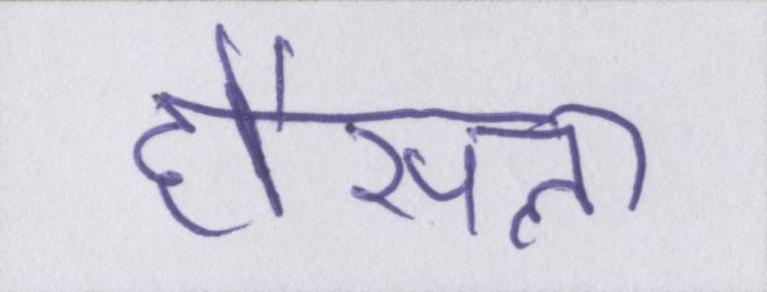
हौंसला